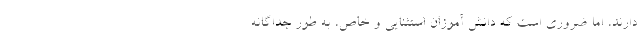
دارند، اما ضروری است که دانش آموزان استثنایی و خاص، به طور جداگانه